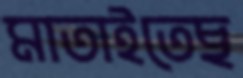
মাতাইতেছ